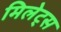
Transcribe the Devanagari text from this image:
मिलेट्स